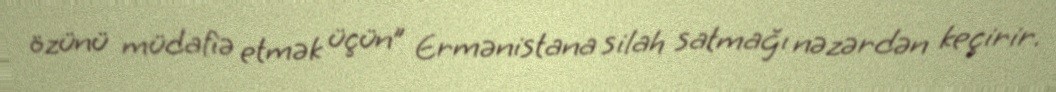
özünü müdafiə etmək üçün” Ermənistana silah satmağı nəzərdən keçirir.